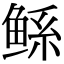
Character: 鲧